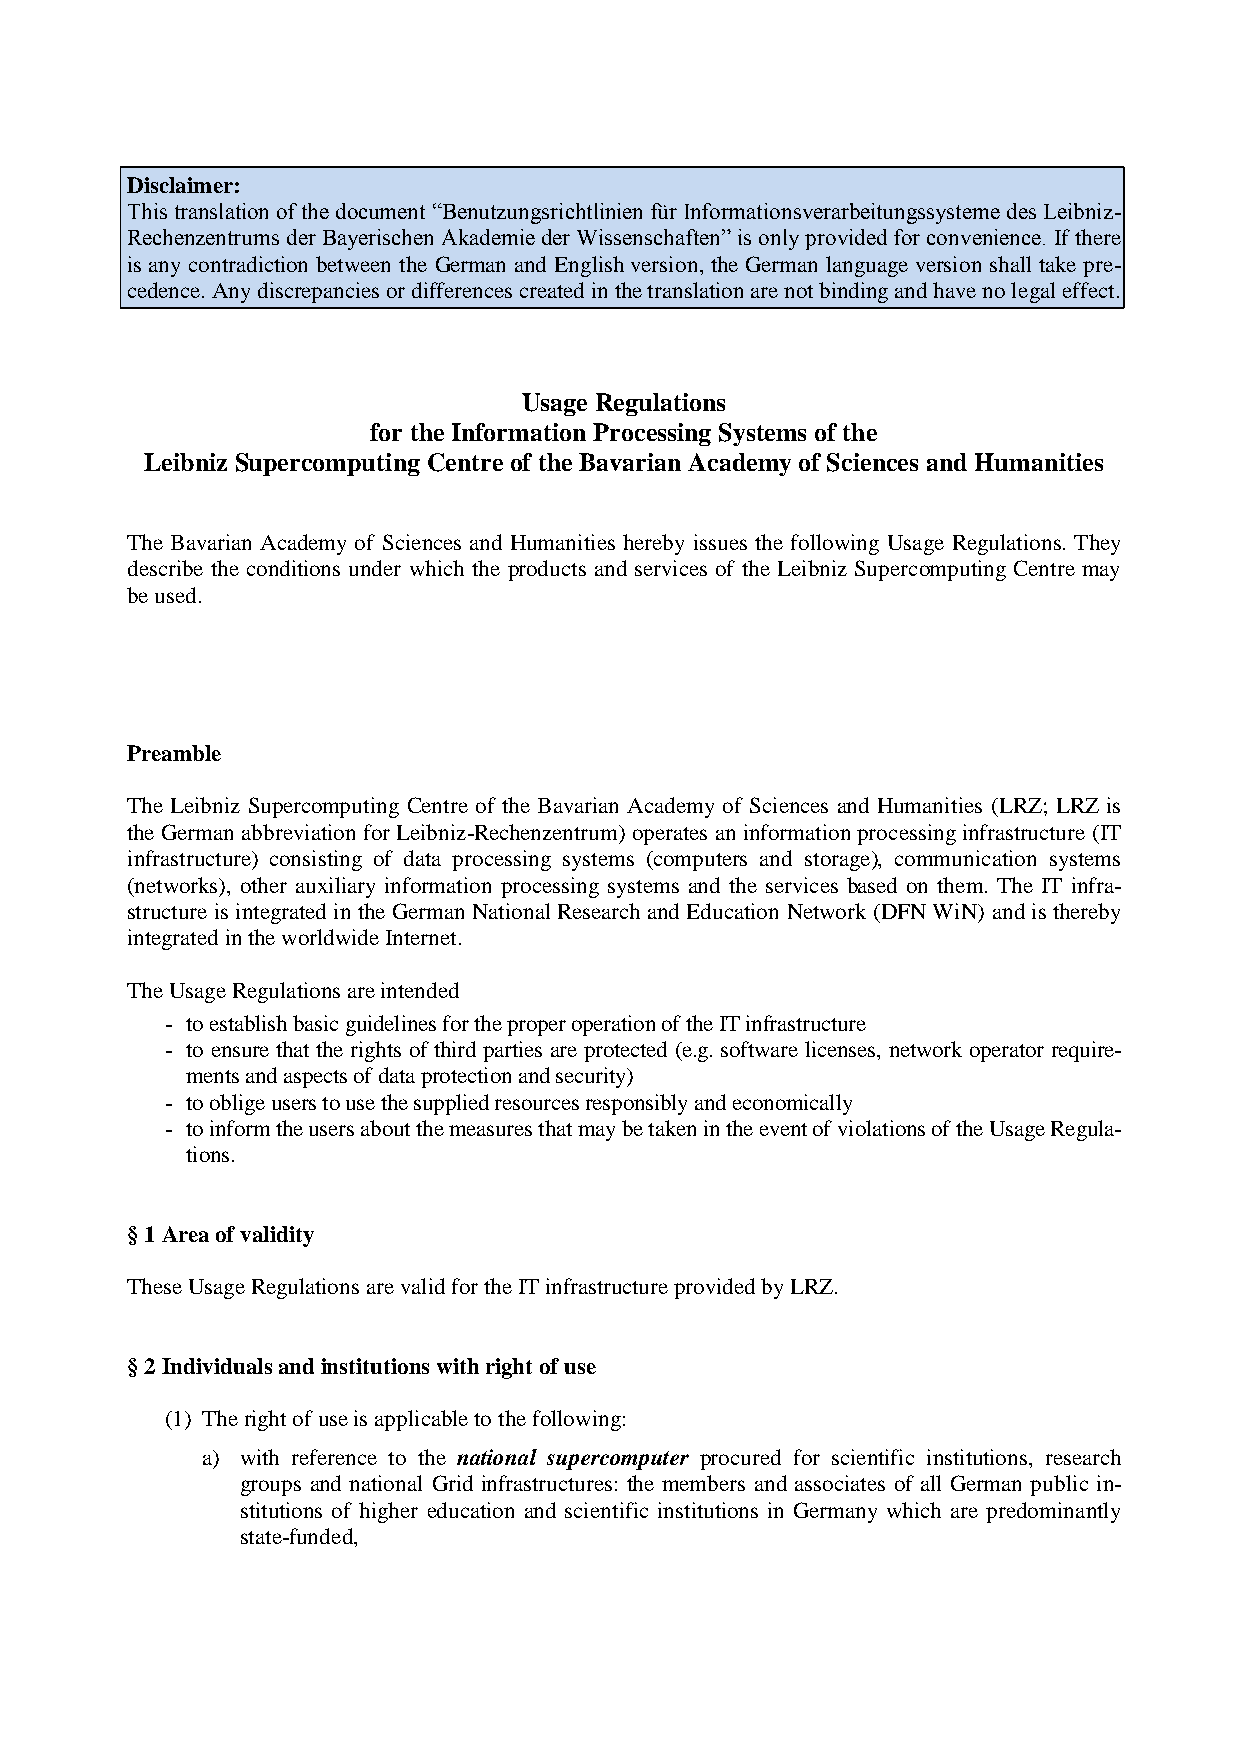
Disclaimer:
 This translation of the document “Benutzungsrichtlinien für Informationsverarbeitungssysteme des Leibniz-
 Rechenzentrums der Bayerischen Akademie der Wissenschaften” is only provided for convenience. If there
 is any contradiction between the German and English version, the German language version shall take pre-
 cedence. Any discrepancies or differences created in the translation are not binding and have no legal effect.
 Usage Regulations
 for the Information Processing Systems of the
 Leibniz Supercomputing Centre of the Bavarian Academy of Sciences and Humanities
 The Bavarian Academy of Sciences and Humanities hereby issues the following Usage Regulations. They
 describe the conditions under which the products and services of the Leibniz Supercomputing Centre may
 be used.
 Preamble
 The Leibniz Supercomputing Centre of the Bavarian Academy of Sciences and Humanities (LRZ; LRZ is
 the German abbreviation for Leibniz-Rechenzentrum) operates an information processing infrastructure (IT
 infrastructure) consisting of data processing systems (computers and storage), communication systems
 (networks), other auxiliary information processing systems and the services based on them. The IT infra-
 structure is integrated in the German National Research and Education Network (DFN WiN) and is thereby
 integrated in the worldwide Internet.
 The Usage Regulations are intended
 - to establish basic guidelines for the proper operation of the IT infrastructure
 - to ensure that the rights of third parties are protected (e.g. software licenses, network operator require-
 ments and aspects of data protection and security)
 - to oblige users to use the supplied resources responsibly and economically
 - to inform the users about the measures that may be taken in the event of violations of the Usage Regula-
 tions.
 § 1 Area of validity
 These Usage Regulations are valid for the IT infrastructure provided by LRZ.
 § 2 Individuals and institutions with right of use
 (1) The right of use is applicable to the following:
 a) with reference to the national supercomputer procured for scientific institutions, research
 groups and national Grid infrastructures: the members and associates of all German public in-
 stitutions of higher education and scientific institutions in Germany which are predominantly
 state-funded,